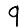
Digit: 9